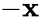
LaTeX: -\mathbf{x}